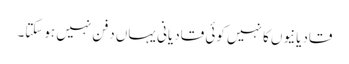
قادیانیوں کا نہیں کوئی قادیانی یہاں دفن نہیں ہوسکتا۔